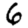
Digit: 6